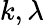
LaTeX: k,\lambda